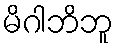
မိဂါဘိဘူ